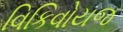
વિકિવોયજ